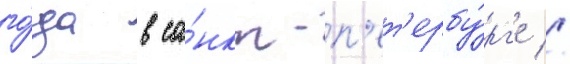
го́да в са́нкт-п'ет'ербу́рг'е //